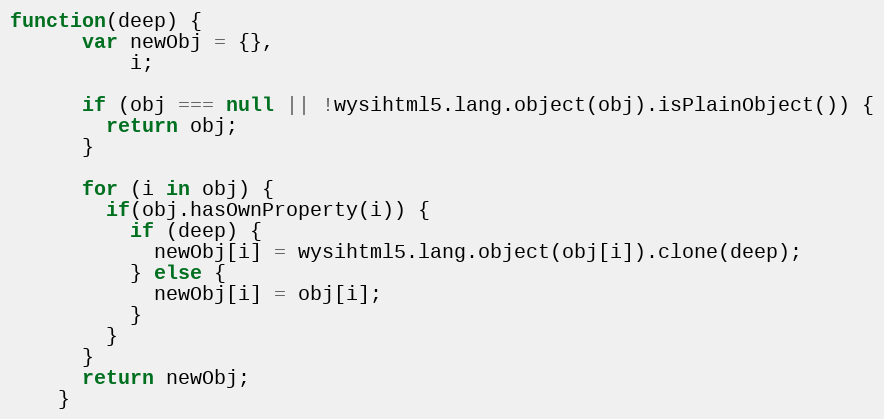
Language: JavaScript
function(deep) {
      var newObj = {},
          i;

      if (obj === null || !wysihtml5.lang.object(obj).isPlainObject()) {
        return obj;
      }

      for (i in obj) {
        if(obj.hasOwnProperty(i)) {
          if (deep) {
            newObj[i] = wysihtml5.lang.object(obj[i]).clone(deep);
          } else {
            newObj[i] = obj[i];
          }
        }
      }
      return newObj;
    }